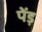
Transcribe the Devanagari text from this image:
पेंड़